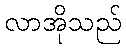
လာအိုသည်